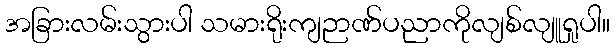
အခြားလမ်းသွားပါ သမားရိုးကျဉာဏ်ပညာကိုလျစ်လျူရှုပါ။